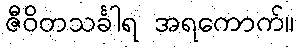
ဇီဝိတသင်္ခါရ အရကောက်။